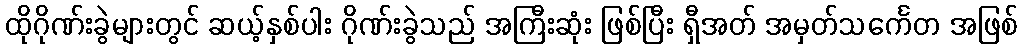
ထိုဂိုဏ်းခွဲများတွင် ဆယ့်နှစ်ပါး ဂိုဏ်းခွဲသည် အကြီးဆုံး ဖြစ်ပြီး ရှီအတ် အမှတ်သင်္ကေတ အဖြစ်